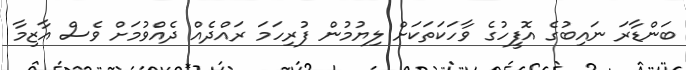
ބަންޑާރަ ނައިބުގެ އޮފީހުގެ ވާހަކަތަކަށް ލިޔުމުން ފުރިހަމަ ރައްދެއް ދެއްވުމަށް ވެސް އާޒިމާ